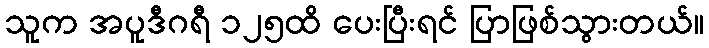
သူက အပူဒီဂရီ ၁၂၅ထိ ပေးပြီးရင် ပြာဖြစ်သွားတယ်။